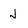
Character: J